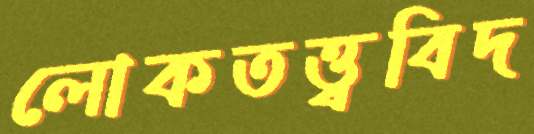
লোকতত্ত্ববিদ